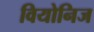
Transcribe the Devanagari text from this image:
वियोनिज